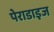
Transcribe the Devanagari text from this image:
पेराडाइज